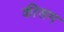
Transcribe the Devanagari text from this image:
कीसम